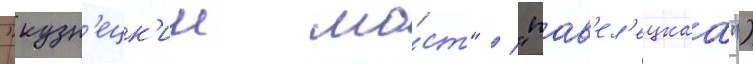
"кузн'ецк'ии мо́ст" / "пав'ел'ецкаа")